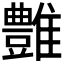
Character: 𩁑